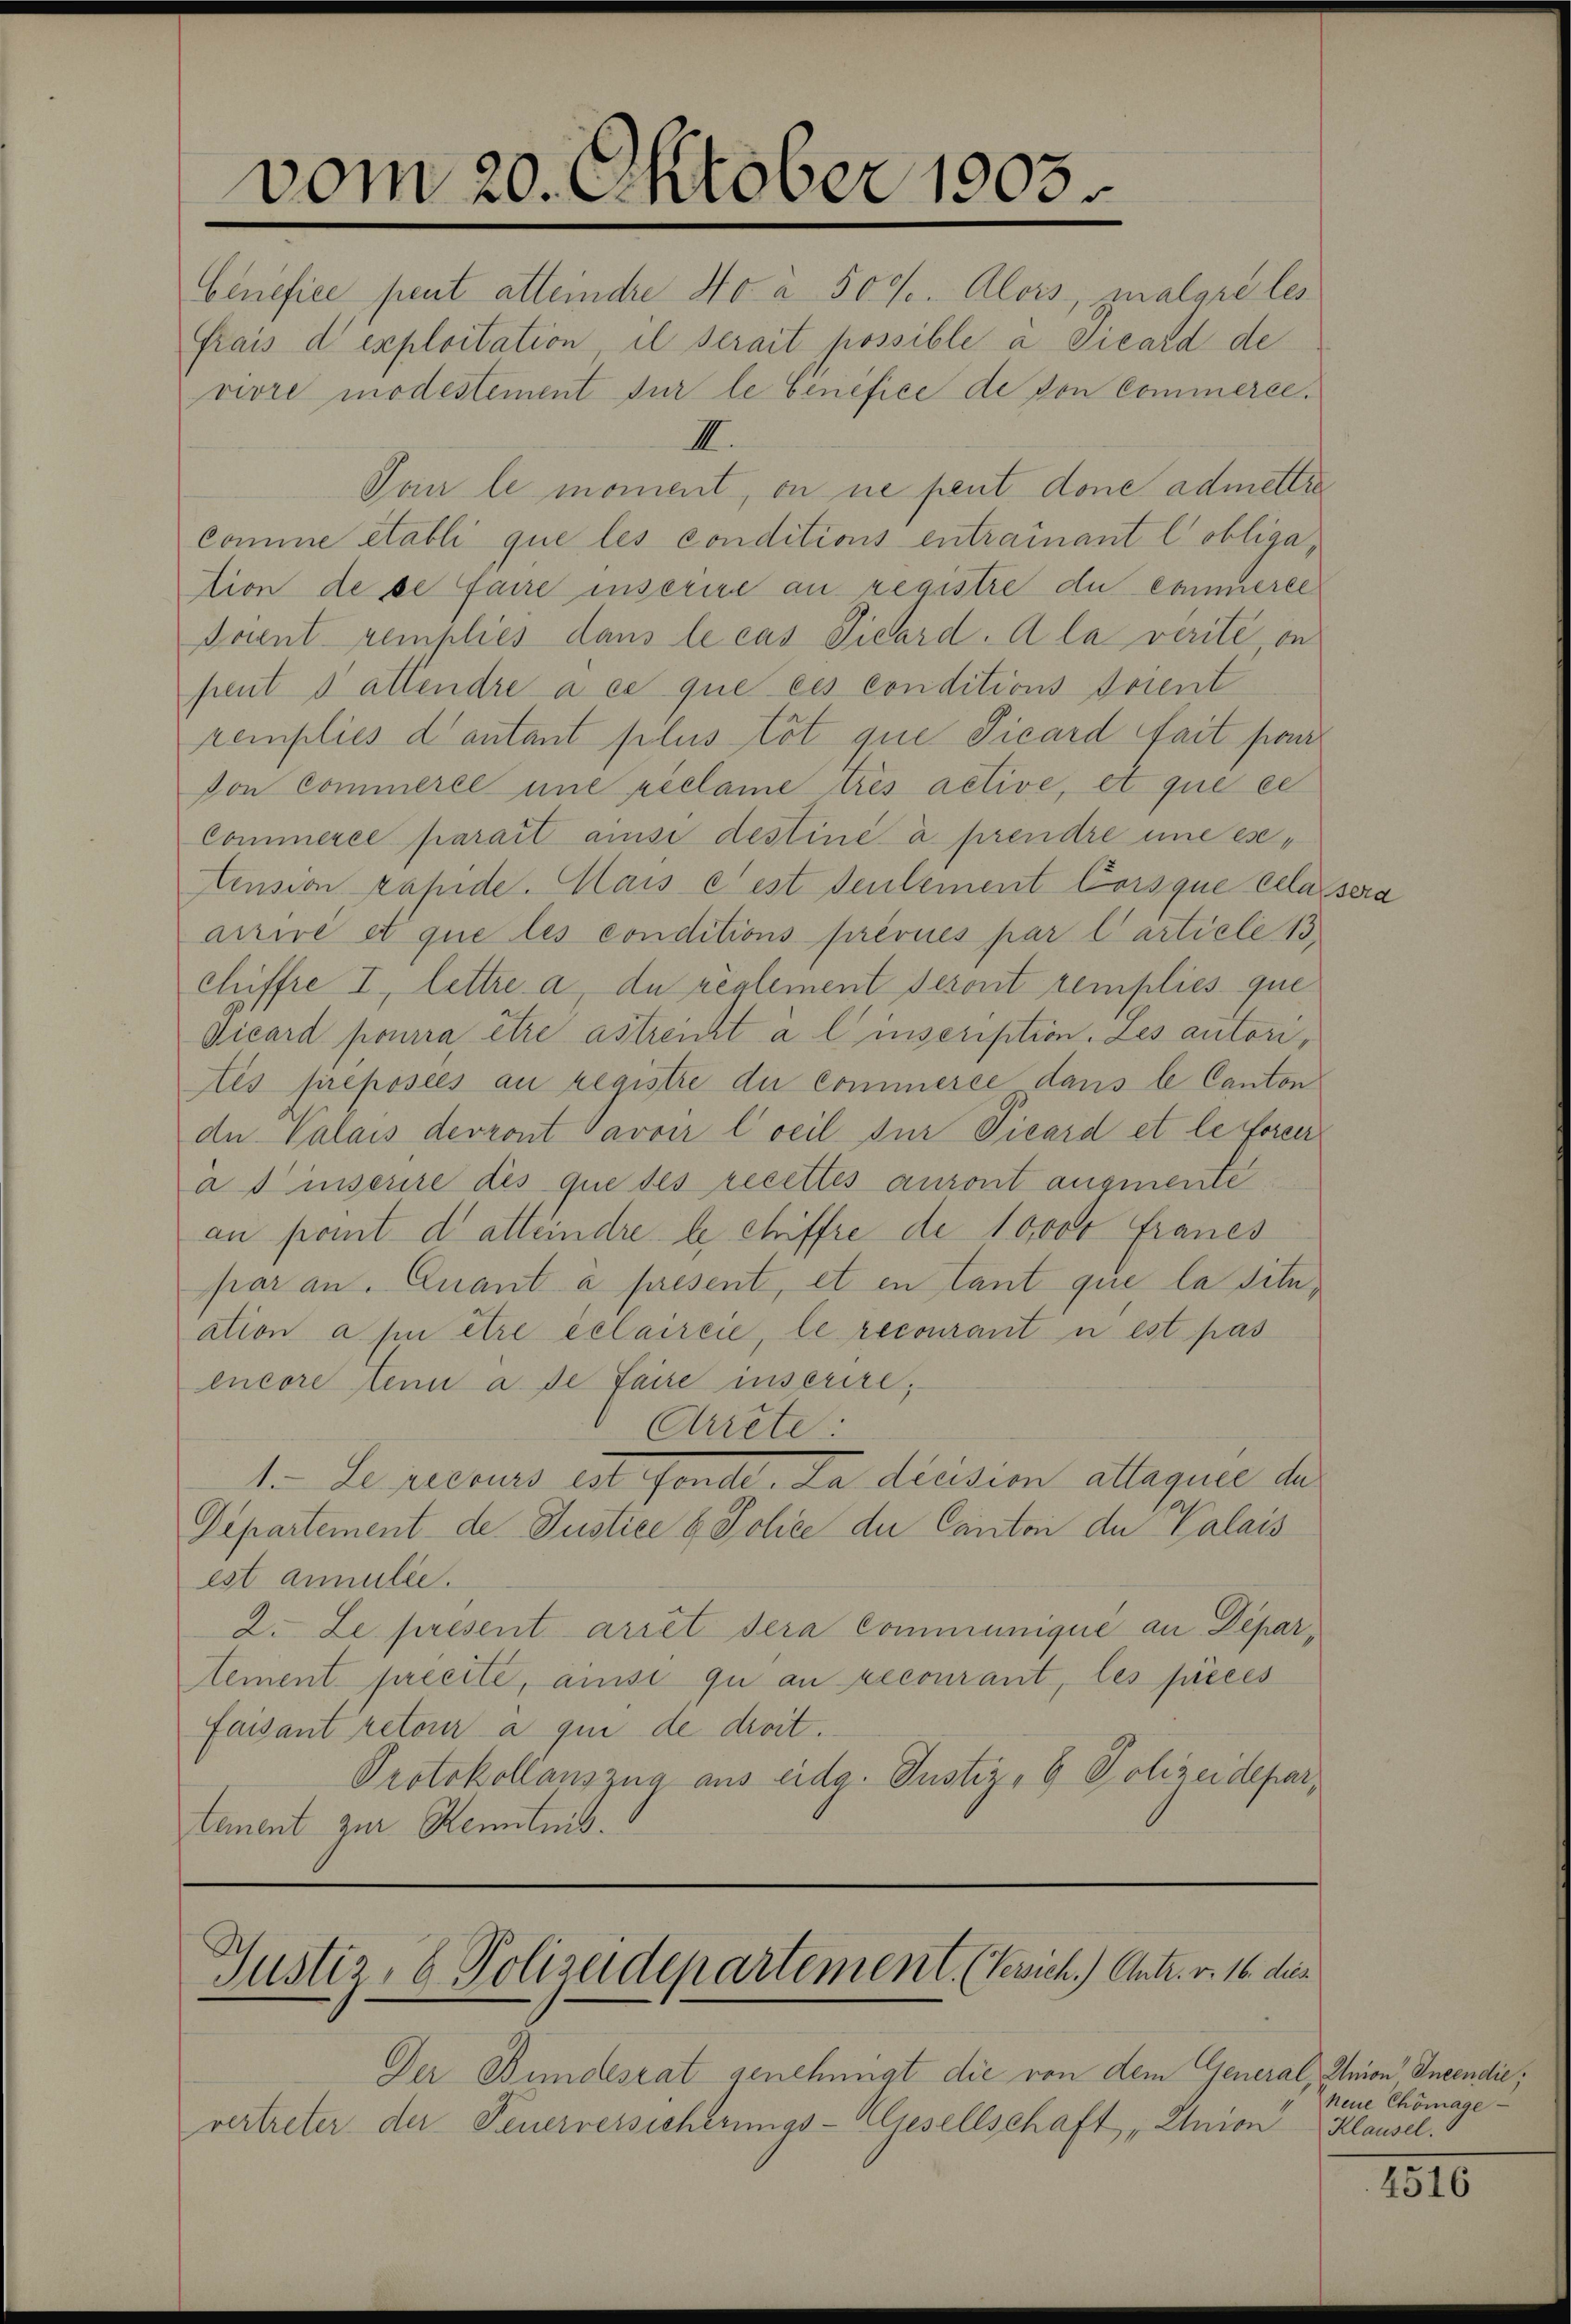
vom 20. Oktober 1905.

Cenefice peut atteindre No à 500. Alois malare les
Frais d exploitation il serait possible a Picard de
vivre modestement für le benefice de von Commerce.
III.
Von le moment, on ne peut done admettre
comme établi que les conditions entrainant l’obligation de se faire inserire an registre du commerce
Foient remplies dans le cas Vicard. A la verité on
peut d attendre à ce que ces conditions soient
remplies dantant plus töt que Picard Sait part
von Commerle une réclame trés active, et que ce
Commerce parait ainse destiné à prendre une eseension rapide. Mais cest seulement Corsque cela sera
arrivé et que les conditions prévues par Carticle 13
Chiffre I, lettre a, du règlement seront remplies que
Vicard pourra être astreicht a l’inscription. Les autorités preposées au registre du commerce dans le Canton
de Valais devront avoir Cocil zur Vicard et le foren
à s inserire des que des recettes auront angemente
an pomt d atteindre le chiffre de 10000 Franes
par an. Quant à present, et en tant que la situation a hin être éclaireie, le recourant u est pas
encore tenu à de faire inserire,
Arrete
1. Le presurs est Fonde. Da division allaque de
Departement de Justice 6 Jchée der Canton de Valais
est anmilie.
2. Le present arret sera communique an Departement precite, anse qu an recourant, les prees
faisant retour a qui de droit.
Protokollauszug aus eidg. Justiz- & Polizeidepar
tement zur Kenntnis.

Justiz, u. Polizeidepartement. (Vevich.) Antr. v. 16. die

Der Bundesrat genehmigt die von dem General, Union Incendić,
vertreter der Feuerversicherungs-Aljesellschaft „Union

neue Chömage
Klausel.

1810